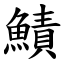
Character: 鰿